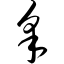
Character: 采